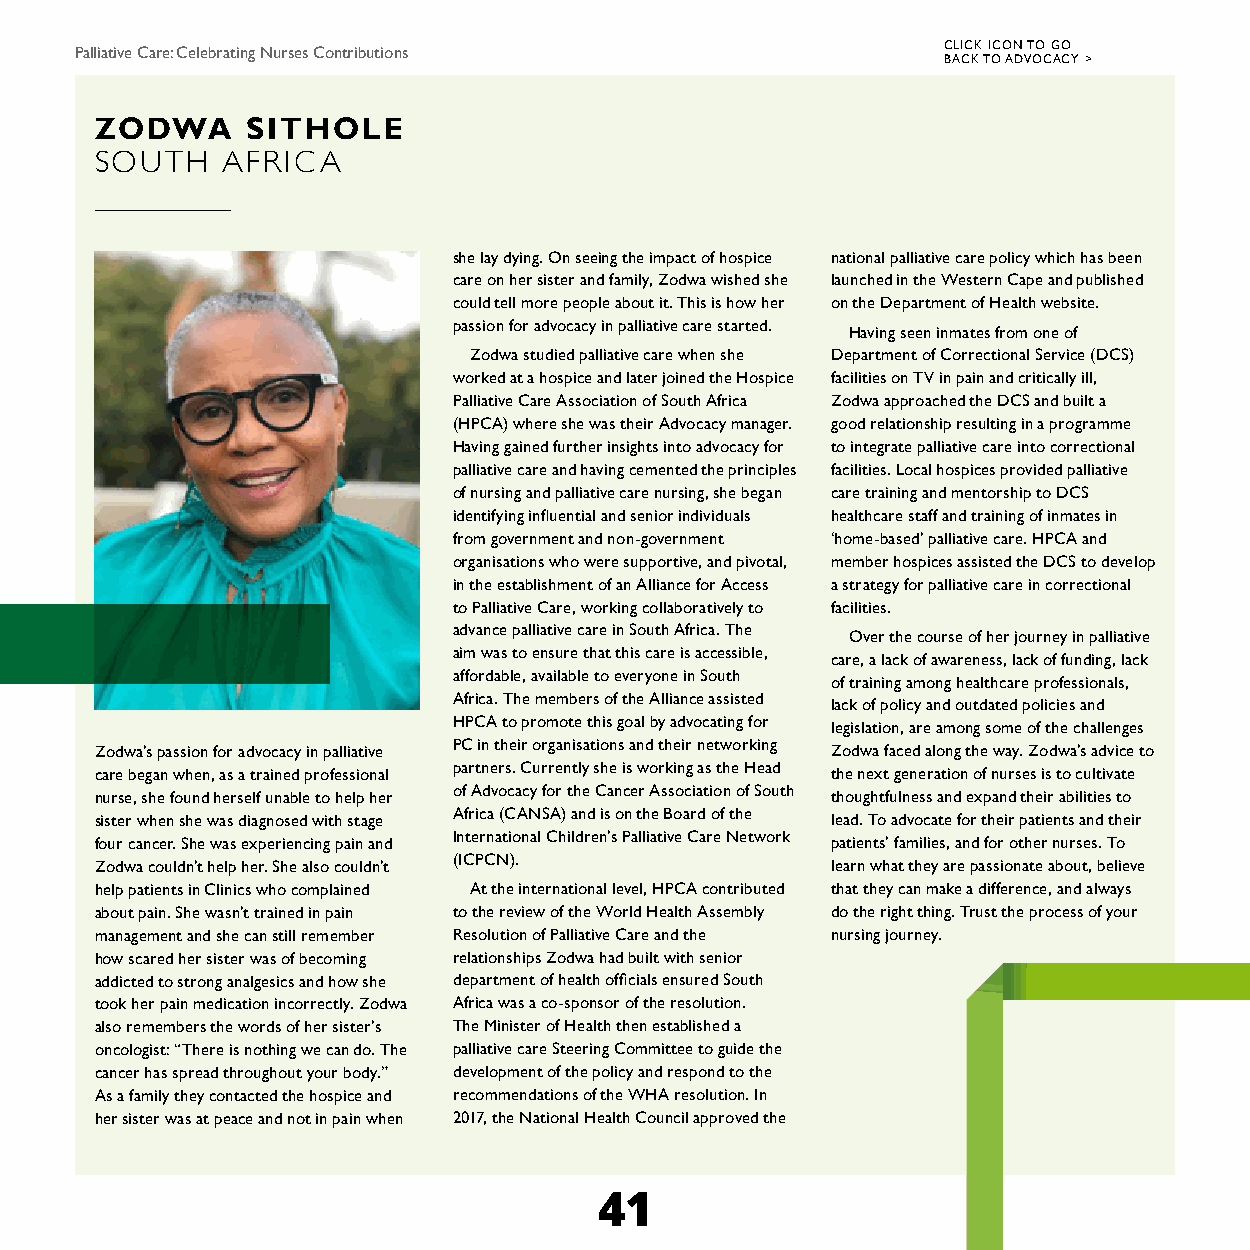
CLICK ICON TO GO
 Palliative Care: Celebrating Nurses Contributions
 BACK TO ADVOCACY >
 ZODWA     SITHOLE
 SOUTH    AFRICA
 she lay dying. On seeing the impact of hospice national palliative care policy which has been
 care on her sister and family, Zodwa wished she launched in the Western Cape and published
 could tell more people about it. This is how her on the Department of Health website.
 passion for advocacy in palliative care started.
 Having seen inmates from one of
 Zodwa studied palliative care when she Department of Correctional Service (DCS)
 worked at a hospice and later joined the Hospice facilities on TV in pain and critically ill,
 Palliative Care Association of South Africa Zodwa approached the DCS and built a
 (HPCA) where she was their Advocacy manager. good relationship resulting in a programme
 Having gained further insights into advocacy for to integrate palliative care into correctional
 palliative care and having cemented the principles facilities. Local hospices provided palliative
 of nursing and palliative care nursing, she began care training and mentorship to DCS
 identifying influential and senior individuals healthcare staff and training of inmates in
 from government and non-government ‘home-based’ palliative care. HPCA and
 organisations who were supportive, and pivotal, member hospices assisted the DCS to develop
 in the establishment of an Alliance for Access a strategy for palliative care in correctional
 to Palliative Care, working collaboratively to facilities.
 advance palliative care in South Africa. The
 Over the course of her journey in palliative
 aim was to ensure that this care is accessible,
 care, a lack of awareness, lack of funding, lack
 affordable, available to everyone in South
 of training among healthcare professionals,
 Africa. The members of the Alliance assisted
 lack of policy and outdated policies and
 HPCA to promote this goal by advocating for
 legislation, are among some of the challenges
 PC in their organisations and their networking
 Zodwa’s passion for advocacy in palliative       Zodwa faced along the way. Zodwa’s advice to
 partners. Currently she is working as the Head
 care began when, as a trained professional       the next generation of nurses is to cultivate
 of Advocacy for the Cancer Association of South
 nurse, she found herself unable to help her      thoughtfulness and expand their abilities to
 Africa (CANSA) and is on the Board of the
 sister when she was diagnosed with stage         lead. To advocate for their patients and their
 International Children’s Palliative Care Network
 four cancer. She was experiencing pain and       patients’ families, and for other nurses. To
 (ICPCN).
 Zodwa couldn’t help her. She also couldn’t       learn what they are passionate about, believe
 help patients in Clinics who complained At the international level, HPCA contributed that they can make a difference, and always
 about pain. She wasn’t trained in pain to the review of the World Health Assembly do the right thing. Trust the process of your
 management and she can still remember Resolution of Palliative Care and the nursing journey.
 how scared her sister was of becoming relationships Zodwa had built with senior
 addicted to strong analgesics and how she department of health officials ensured South
 took her pain medication incorrectly. Zodwa Africa was a co-sponsor of the resolution.
 also remembers the words of her sister’s The Minister of Health then established a
 oncologist: “There is nothing we can do. The palliative care Steering Committee to guide the
 cancer has spread throughout your body.” development of the policy and respond to the
 As a family they contacted the hospice and recommendations of the WHA resolution. In
 her sister was at peace and not in pain when 2017, the National Health Council approved the
 41